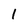
Character: 1